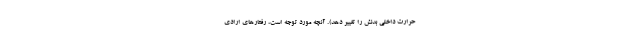
حرارت داخلی بدنش را تغییر دهد). آنچه مورد توجه است، رفتارهای ارادی